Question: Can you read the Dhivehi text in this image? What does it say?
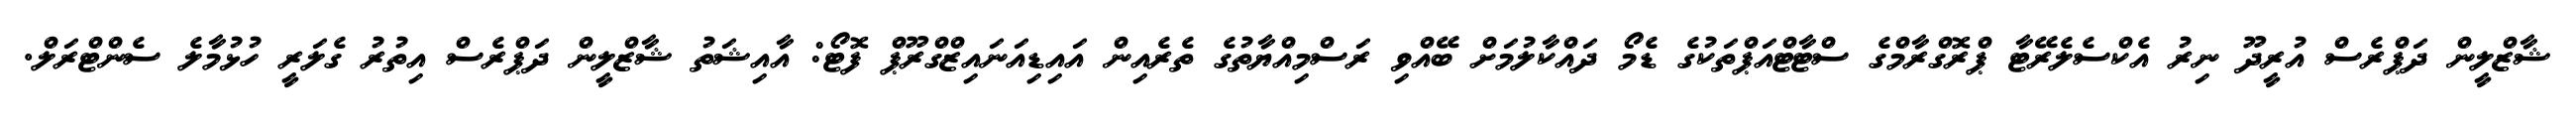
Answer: ޝާޒްލީން ދަޕްރެސް އުރީދޫ ނިރު އެކްސެލެރޭޓާ ޕްރޮގްރާމްގެ ސްޓާޓްއަޕްތަކުގެ ޑެމޯ ދައްކާލުމަށް ބޭއްވި ރަސްމިއްޔާތުގެ ތެރެއިން އައިޑިއަނައިޒްގްރޫޕް ފޮޓޯ: އާއިޝަތު ޝާޒްލީން ދަޕްރެސް އިތުރު ގެލަރީ ހުޅުމާލެ ސެންޓްރަލް.